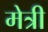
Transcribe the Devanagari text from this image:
मेत्री